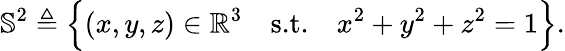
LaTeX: \mathbb{S}^{2}\triangleq\Big\{ (x,y,z)\in\mathbb{R}^{3}\quad\textnormal{s.t.}\quad x^{2}+y^{2}+z^{2}=1\Big\} .